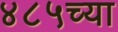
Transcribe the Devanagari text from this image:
४८५च्या